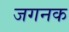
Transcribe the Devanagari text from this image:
जगनक